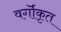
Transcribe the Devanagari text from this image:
वर्गॊकृत